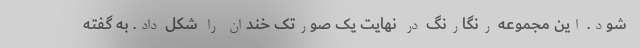
شود. این مجموعه رنگارنگ در نهایت یک صورتک خندان را شکل داد. به گفته